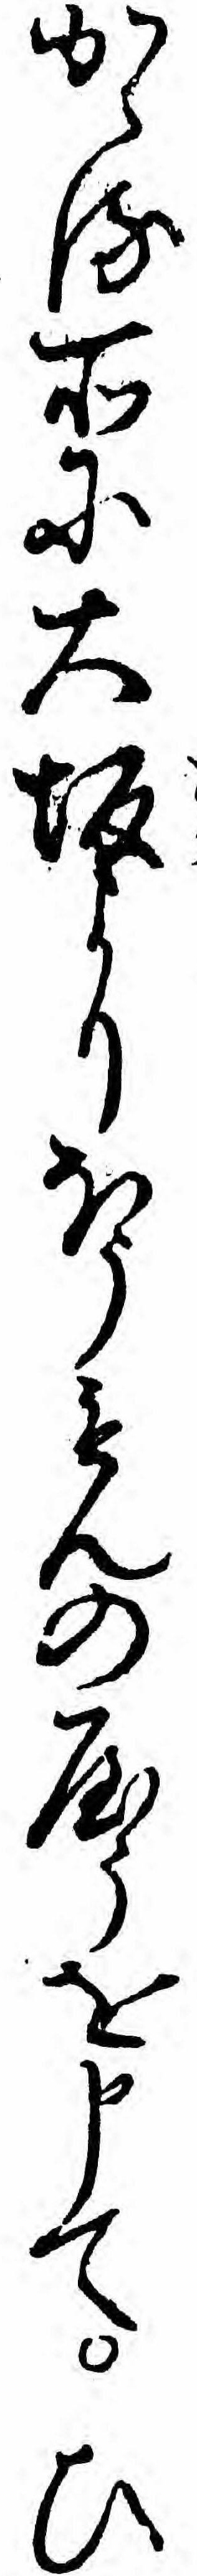
かゝる所に大坂よりほうもんのやうを申てひ